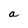
Character: a